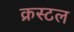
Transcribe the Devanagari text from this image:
क्रस्टल